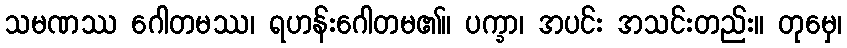
သမဏဿ ဂေါတမဿ၊ ရဟန်းဂေါတမ၏။ ပက္ခာ၊ အပင်း အသင်းတည်း။ တုမှေ၊